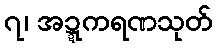
၇၊ အဍ္ဍကရဏသုတ်